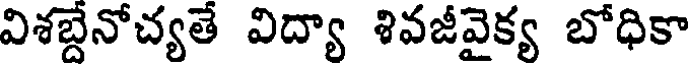
విశబ్దేనోచ్యతే విద్యా శివజీవైక్య బోధికా